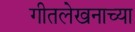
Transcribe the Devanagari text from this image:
गीतलेखनाच्या